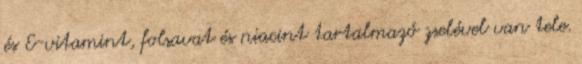
és E-vitamint, folsavat és niacint tartalmazó zselével van tele.